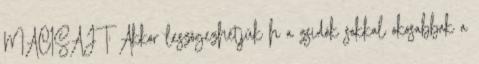
MACISAJT: Akkor leszögezhetjük h a zsidók sokkal okosabbak a